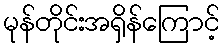
မုန်တိုင်းအရှိန်ကြောင့်